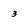
Character: 3